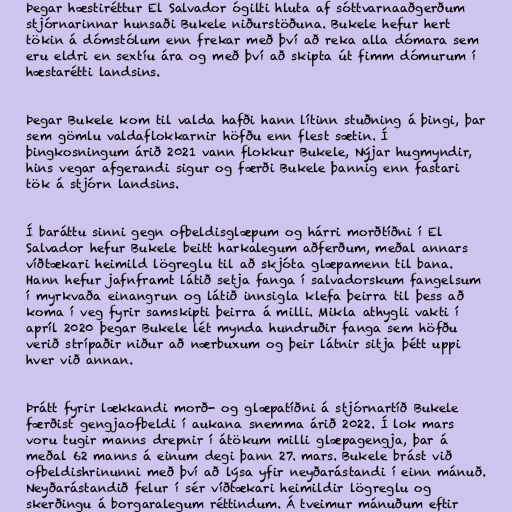
Þegar hæstiréttur El Salvador ógilti hluta af sóttvarnaaðgerðum
stjórnarinnar hunsaði Bukele niðurstöðuna. Bukele hefur hert
tökin á dómstólum enn frekar með því að reka alla dómara sem
eru eldri en sextíu ára og með því að skipta út fimm dómurum í
hæstarétti landsins.

Þegar Bukele kom til valda hafði hann lítinn stuðning á þingi, þar
sem gömlu valdaflokkarnir höfðu enn flest sætin. Í
þingkosningum árið 2021 vann flokkur Bukele, Nýjar hugmyndir,
hins vegar afgerandi sigur og færði Bukele þannig enn fastari
tök á stjórn landsins.

Í baráttu sinni gegn ofbeldisglæpum og hárri morðtíðni í El
Salvador hefur Bukele beitt harkalegum aðferðum, meðal annars
víðtækari heimild lögreglu til að skjóta glæpamenn til bana.
Hann hefur jafnframt látið setja fanga í salvadorskum fangelsum
í myrkvaða einangrun og látið innsigla klefa þeirra til þess að
koma í veg fyrir samskipti þeirra á milli. Mikla athygli vakti í
apríl 2020 þegar Bukele lét mynda hundruðir fanga sem höfðu
verið strípaðir niður að nærbuxum og þeir látnir sitja þétt uppi
hver við annan.

Þrátt fyrir lækkandi morð- og glæpatíðni á stjórnartíð Bukele
færðist gengjaofbeldi í aukana snemma árið 2022. Í lok mars
voru tugir manns drepnir í átökum milli glæpagengja, þar á
meðal 62 manns á einum degi þann 27. mars. Bukele brást við
ofbeldishrinunni með því að lýsa yfir neyðarástandi í einn mánuð.
Neyðarástandið felur í sér víðtækari heimildir lögreglu og
skerðingu á borgaralegum réttindum. Á tveimur mánuðum eftir